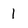
Character: 1